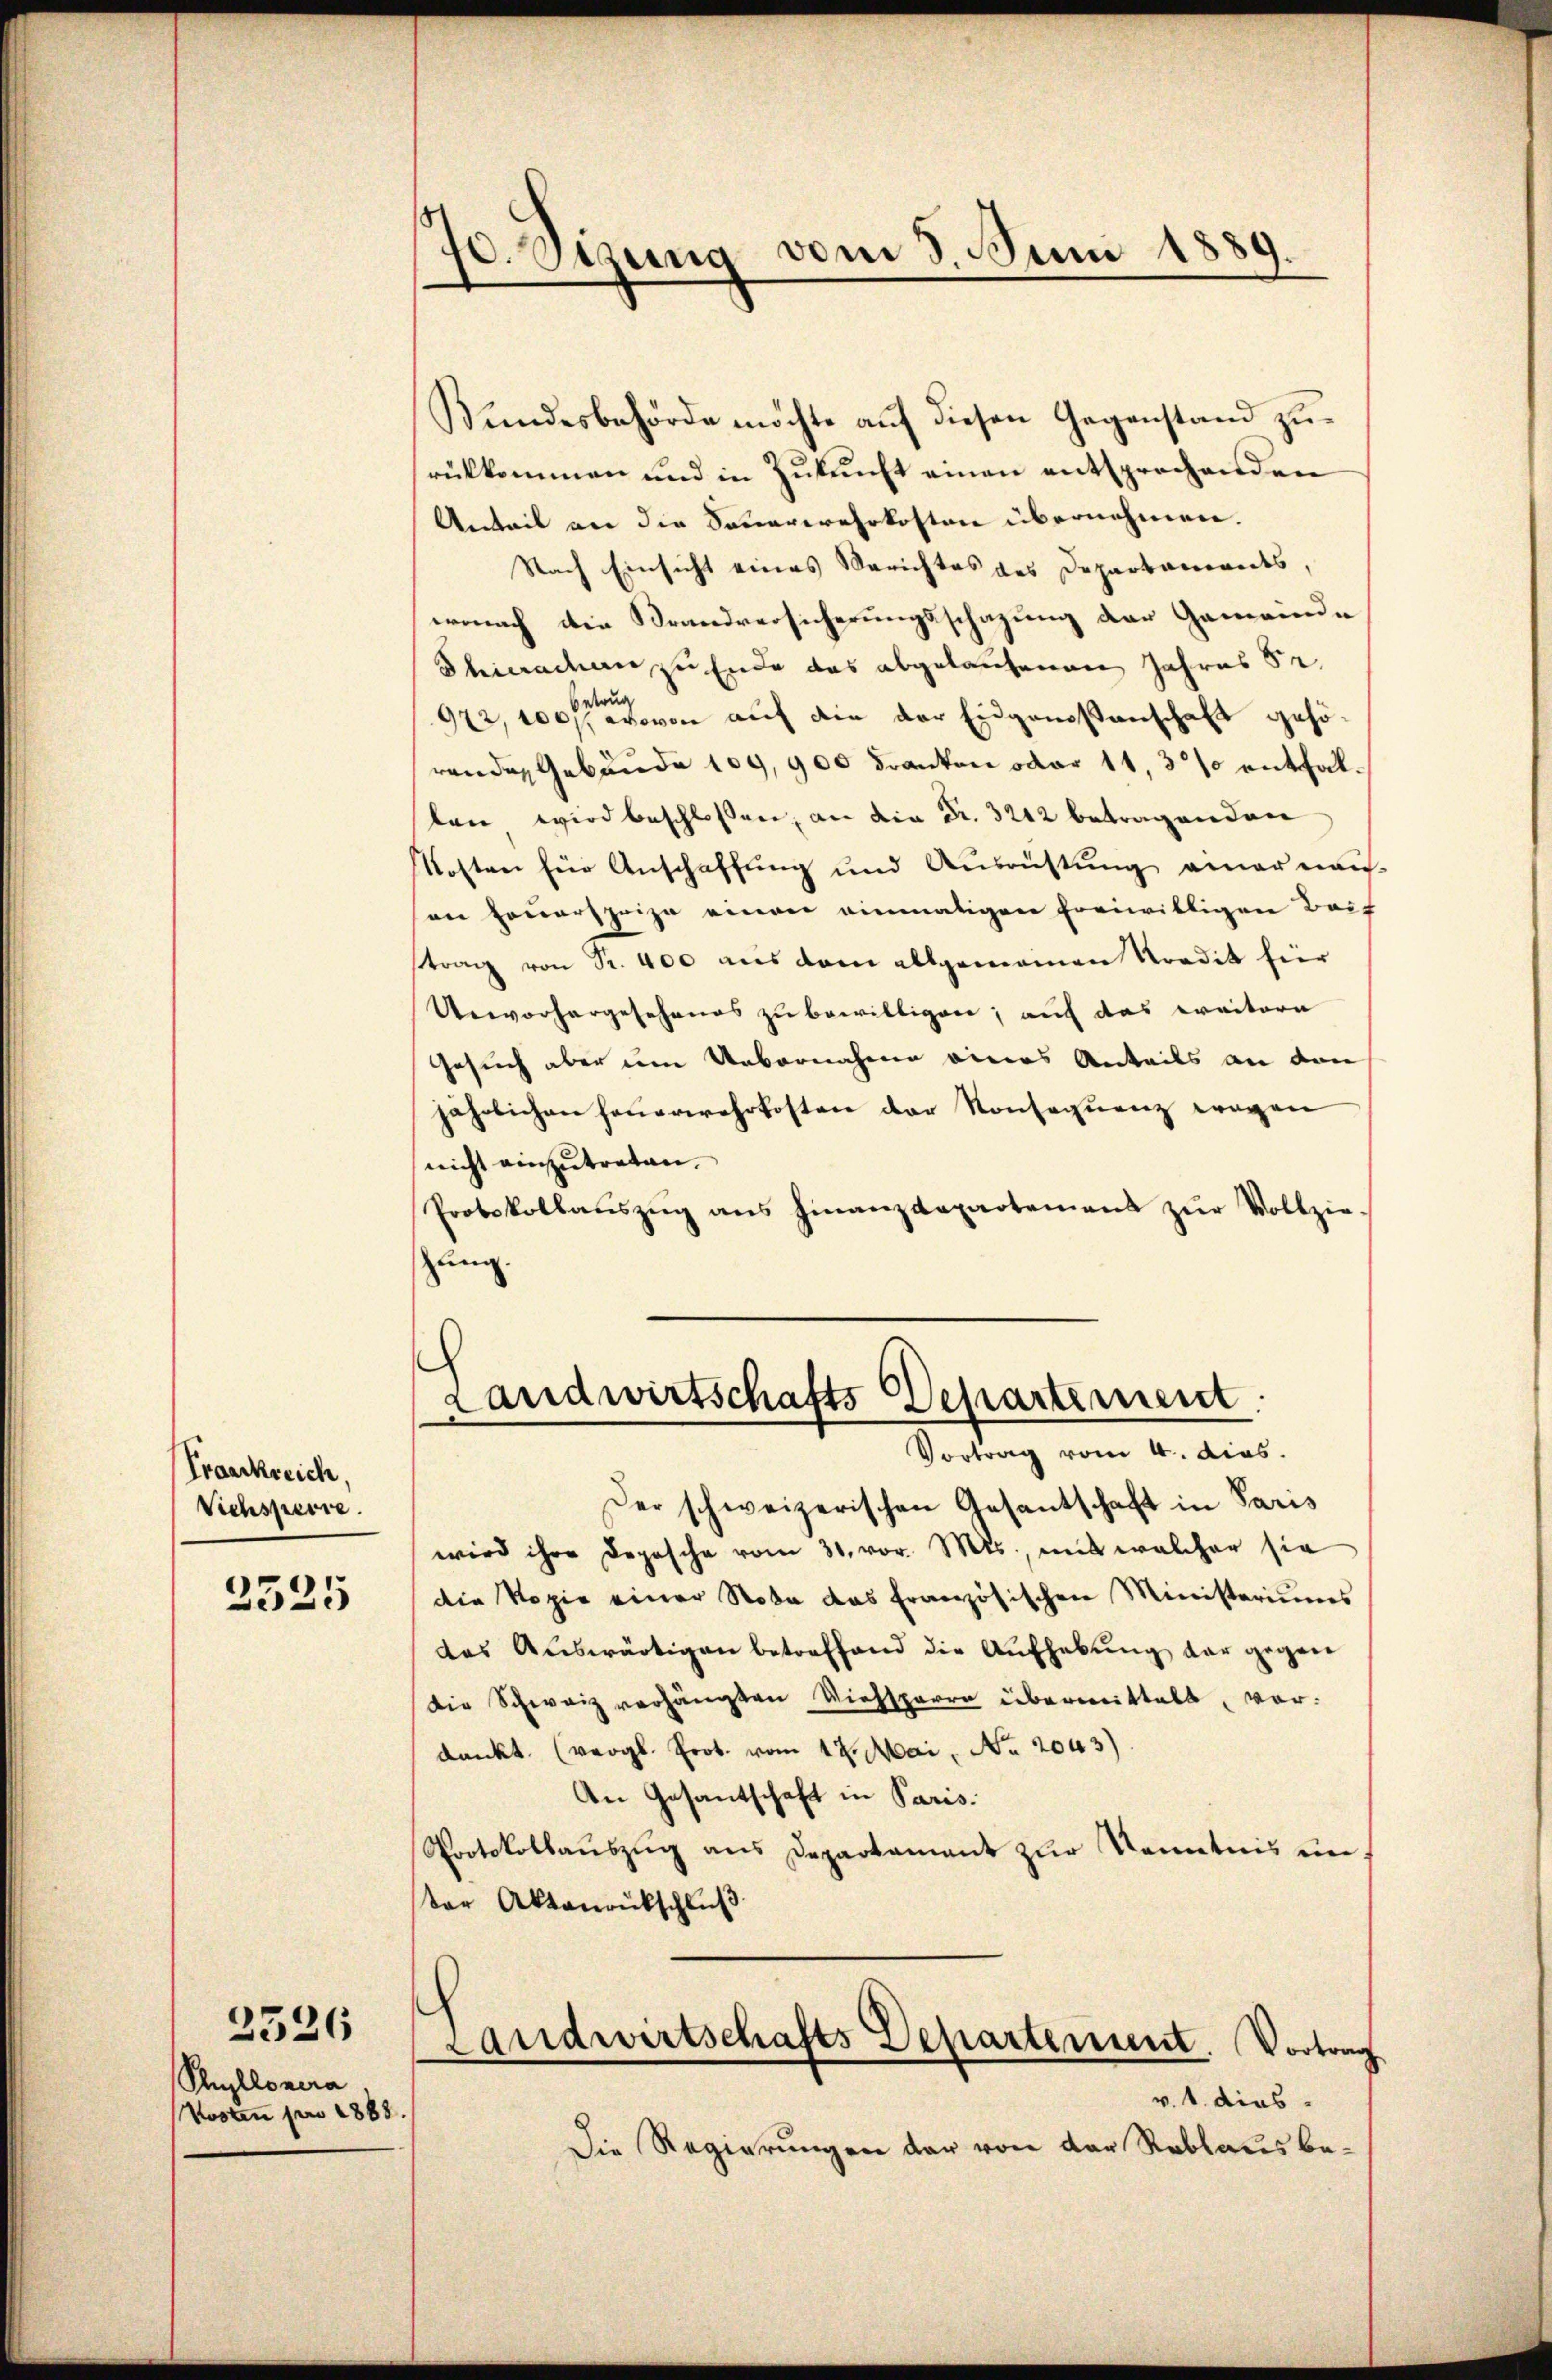
Fraackreich.
Viehsperre

2525

Puyllonera
Kosten pro 1888.

2526

70. Sitzung vom 3. Juni 1889.

Bundesbehörde möchte auf diesen Gegenstand zurükkommen und in Zukunft einen entsprochenden
Anteil an die Sauerwehrkosten übernehmen.
Nach Einsicht eines Berichtes des Departaments,
wonach die Brandversicherungsschazung der Gemeinde
Thierachen, zu Ende das abgelaufenen Jahres 52.
972,100 fl von auf die der Eidgenoßenschaft gehörenden Gebäude 109, 900 Franken oder 11, 3% entfallen wird beschlossen, an die Fr. 3212 betragenden
Kosten für Anschaffung und Ausrüstung einer mais
an Feuersprize einen einmaligen freiwilligen Beif
strag von Fr. 400 aus dem allgemeinen Nordit für
Ueworhergesehenes zu bewilligen; auf das weitere
Gesuch aber dem Uebernahme eines Anteils an den
jährlichen Feŭerwehrkosten der Konsequenz wegen
nicht einzutreten.
Protokollaŭszŭg ans Finanzdepartemens zŭr Vollzie-
zung.

Landwirtschafts Departement
Vortrag vom 4. dies

Der schweizerischen Gesantschaft in Paris
wird ihre Depesche vom 31. vor. Mts., mit welcher sie
die Kopie einer Nota das französischen Ministeriums
das Auswärtigen betreffend die Aufhebung dar gegen
die Schweiz verhängten Viehsperre übermittelt, vordankt. (vergl. Prot. vom 17. Mai, No. 2043)
An Gesantschaft in Paris.
Protokollaŭszŭg ans Departament zur Kenntnis un
der Aktenrückschluß
h
Landwirtschafts Departement. Vortrag
v. 4. dies
Die Regierungen der von der Reblaus be¬